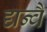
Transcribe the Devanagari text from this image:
द्यन्वै